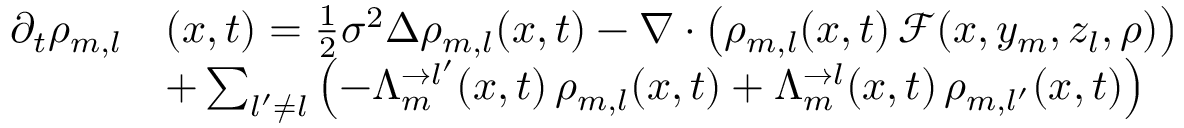
\begin{array} { r l } { \partial _ { t } \rho _ { m , l } } & { ( x , t ) = \frac { 1 } { 2 } \sigma ^ { 2 } \Delta \rho _ { m , l } ( x , t ) - \nabla \cdot \left( \rho _ { m , l } ( x , t ) \, \mathcal F ( x , y _ { m } , z _ { l } , \rho ) \right) } \\ & { + \sum _ { l ^ { \prime } \neq l } \left( - \Lambda _ { m } ^ { \rightarrow l ^ { \prime } } ( x , t ) \, \rho _ { m , l } ( x , t ) + \Lambda _ { m } ^ { \rightarrow l } ( x , t ) \, \rho _ { m , l ^ { \prime } } ( x , t ) \right) } \end{array}